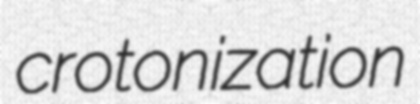
crotonization